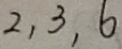
2 , 3 , 6